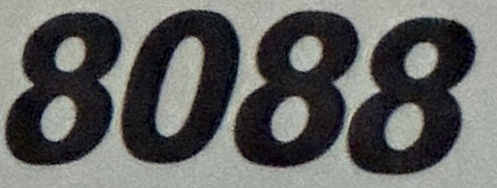
8088